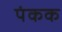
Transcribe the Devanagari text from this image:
पंकक